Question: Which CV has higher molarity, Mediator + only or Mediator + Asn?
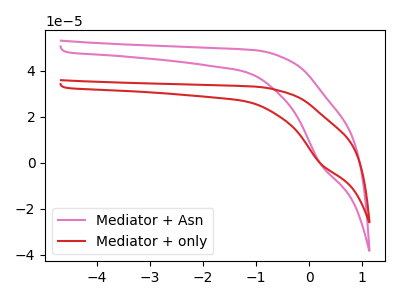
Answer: <think>The pink curve "Mediator + Asn" has a cathodic peak at: (0.20V, -0.50uA). The red curve "Mediator + only" has a cathodic peak at: (0.20V, -0.35uA).
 All the peaks in "Mediator + only" have a peak in "Mediator + Asn" at the same potential. Every peak in "Mediator + only" is lower than every peak in "Mediator + Asn".</think>
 <answer>"Mediator + only" has less signal than "Mediator + Asn" and so likely has a lower concentration.</answer>
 <eval>less_concentration</eval>